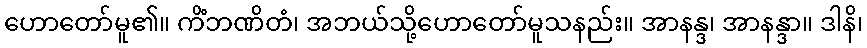
ဟောတော်မူ၏။ ကိံဘဏိတံ၊ အဘယ်သို့ဟောတော်မူသနည်း။ အာနန္ဒ၊ အာနန္ဒာ။ ဒါနိ၊